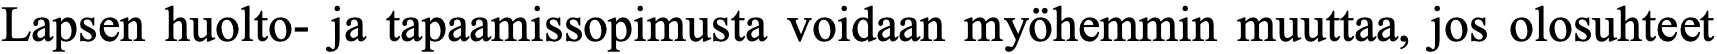
Lapsen huolto- ja tapaamissopimusta voidaan myöhemmin muuttaa, jos olosuhteet